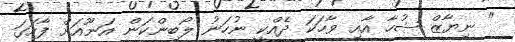
" ނިޔާޒް ޝުހާ އާއި ވާހަކަ ދެއްކީ ނުހަނު ލޯބިންކަން އަނޫއަށް ފާހަގަ